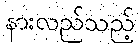
နားလည်သည့်